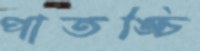
পাতঙ্চি